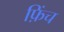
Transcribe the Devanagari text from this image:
फ़िंच